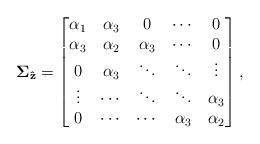
LaTeX: \begin{align*}\mathbf{\Sigma}_{\mathbf{\hat{z}}}=\begin{bmatrix}\alpha_1 &\alpha_3 &0&\cdots&0 \\ \alpha_3& \alpha_2 &\alpha_3 &\cdots& 0 \\0 &\alpha_3 &\ddots &\ddots &\vdots \\\vdots &\cdots &\ddots &\ddots &\alpha_3 \\0&\cdots &\cdots &\alpha_3&\alpha_2\end{bmatrix},\end{align*}